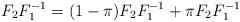
LaTeX: \begin{align*}F_2F_1^{-1}=(1-\pi)F_2F_1^{-1}+\pi F_2F_1^{-1}\end{align*}